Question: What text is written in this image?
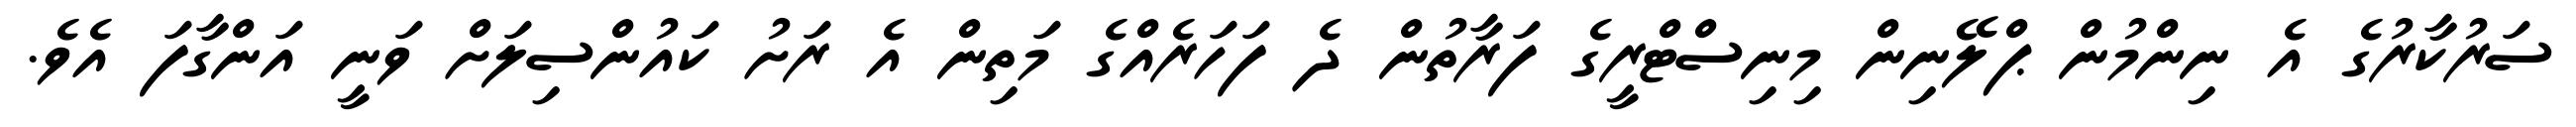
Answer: ސަރުކާރުގެ އެ ނިންމުން ޕްލޭނިން މިނިސްޓްރީގެ ފަރާތުން ދެ ފަހަރެއްގެ މަތިން އެ ރަށު ކައުންސިލަށް ވަނީ އަންގާފަ އެވެ.